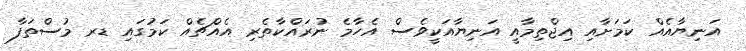
އަނިޔާއެއް ކަމަށާއި އިޖްތިމާއީ އަނިޔާއަކީވެސް އެހާމެ ނުރައްކާތެރި އެއްޗެއް ކަމުގައި ޑރ މުސްތަފާ